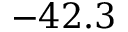
- 4 2 . 3